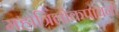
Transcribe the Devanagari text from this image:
महात्रिलोकपावनी